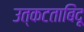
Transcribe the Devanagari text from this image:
उत्कटताबिंदू